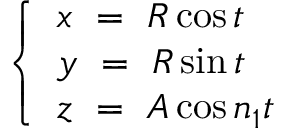
\left\{ \begin{array} { l } { x \, \, = \, \, R \cos t } \\ { y \, \, = \, \, R \sin t } \\ { z \, \, = \, \, A \cos n _ { 1 } t } \end{array} \right.